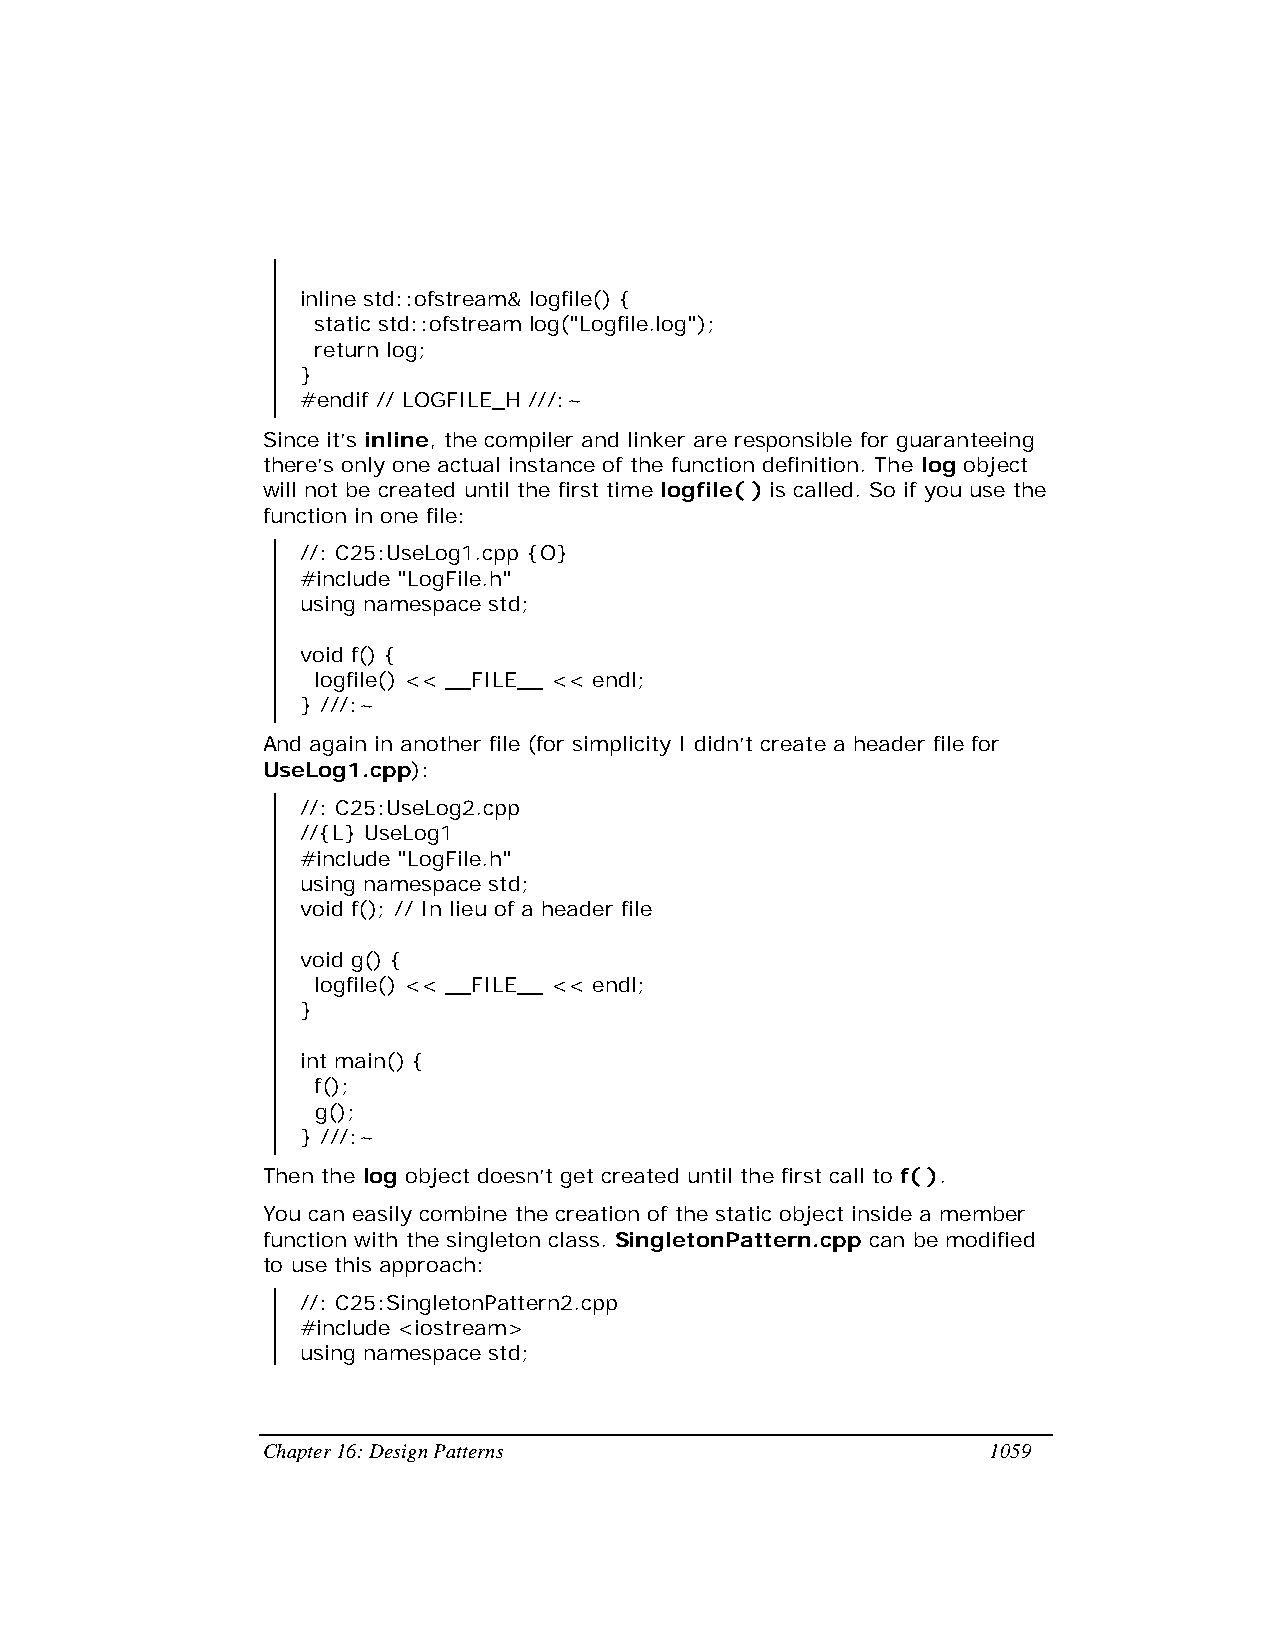
inline std::ofstream& logfile() {
 static std::ofstream log("Logfile.log");
 return log;
 }
 #endif // LOGFILE_H ///:~
 Since it’s inline, the compiler and linker are responsible for guaranteeing
 there’s only one actual instance of the function definition. The log object
 will not be created until the first time logfile( ) is called. So if you use the
 function in one file:
 //: C25:UseLog1.cpp {O}
 #include "LogFile.h"
 using namespace std;
 void f() {
 logfile() << __FILE__ << endl;
 } ///:~
 And again in another file (for simplicity I didn’t create a header file for
 UseLog1.cpp):
 //: C25:UseLog2.cpp
 //{L} UseLog1
 #include "LogFile.h"
 using namespace std;
 void f(); // In lieu of a header file
 void g() {
 logfile() << __FILE__ << endl;
 }
 int main() {
 f();
 g();
 } ///:~
 Then the log object doesn’t get created until the first call to f( ).
 You can easily combine the creation of the static object inside a member
 function with the singleton class. SingletonPattern.cpp can be modified
 to use this approach:
 //: C25:SingletonPattern2.cpp
 #include <iostream>
 using namespace std;
 Chapter 16: Design Patterns                     1059